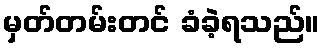
မှတ်တမ်းတင် ခံခဲ့ရသည်။